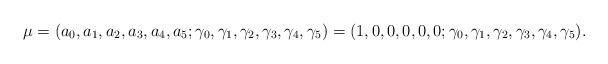
LaTeX: \begin{align*}\mu=(a_0,a_1,a_2,a_3,a_4,a_5;\gamma_0,\gamma_1,\gamma_2,\gamma_3,\gamma_4,\gamma_5)=(1,0,0,0,0,0;\gamma_0,\gamma_1,\gamma_2,\gamma_3,\gamma_4,\gamma_5).\end{align*}